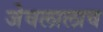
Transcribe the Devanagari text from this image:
जेवलालाव